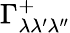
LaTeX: \Gamma_{\lambda\lambda^{\prime}\lambda^{\prime\prime}}^{+}